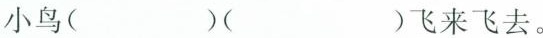
2.小朋友玩耍。